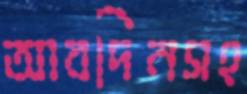
আবদিনসহ